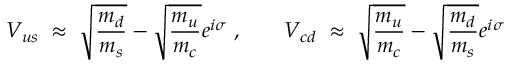
V _ { u s } \; \approx \; \sqrt { \frac { m _ { d } } { m _ { s } } } - \sqrt { \frac { m _ { u } } { m _ { c } } } e ^ { i \sigma } \; , \; \; \; \; \; \; \; V _ { c d } \; \approx \; \sqrt { \frac { m _ { u } } { m _ { c } } } - \sqrt { \frac { m _ { d } } { m _ { s } } } e ^ { i \sigma } \;